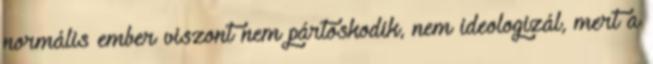
normális ember viszont nem pártoskodik, nem ideologizál, mert a